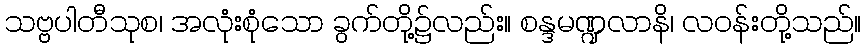
သဗ္ဗပါတီသုစ၊ အလုံးစုံသော ခွက်တို့၌လည်း။ စန္ဒမဏ္ဍလာနိ၊ လဝန်းတို့သည်။